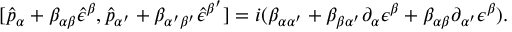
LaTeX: [ \hat { p } _ { \alpha } + \beta _ { \alpha \beta } \hat { \epsilon } ^ { \beta } , \hat { p } _ { \alpha ^ { \prime } } + \beta _ { \alpha ^ { \prime } \beta ^ { \prime } } \hat { \epsilon } ^ { \beta ^ { \prime } } ] = i ( \beta _ { \alpha \alpha ^ { \prime } } + \beta _ { \beta \alpha ^ { \prime } } \partial _ { \alpha } \epsilon ^ { \beta } + \beta _ { \alpha \beta } \partial _ { \alpha ^ { \prime } } \epsilon ^ { \beta } ) .